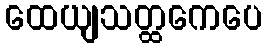
ထေယျသတ္ထကေပေ